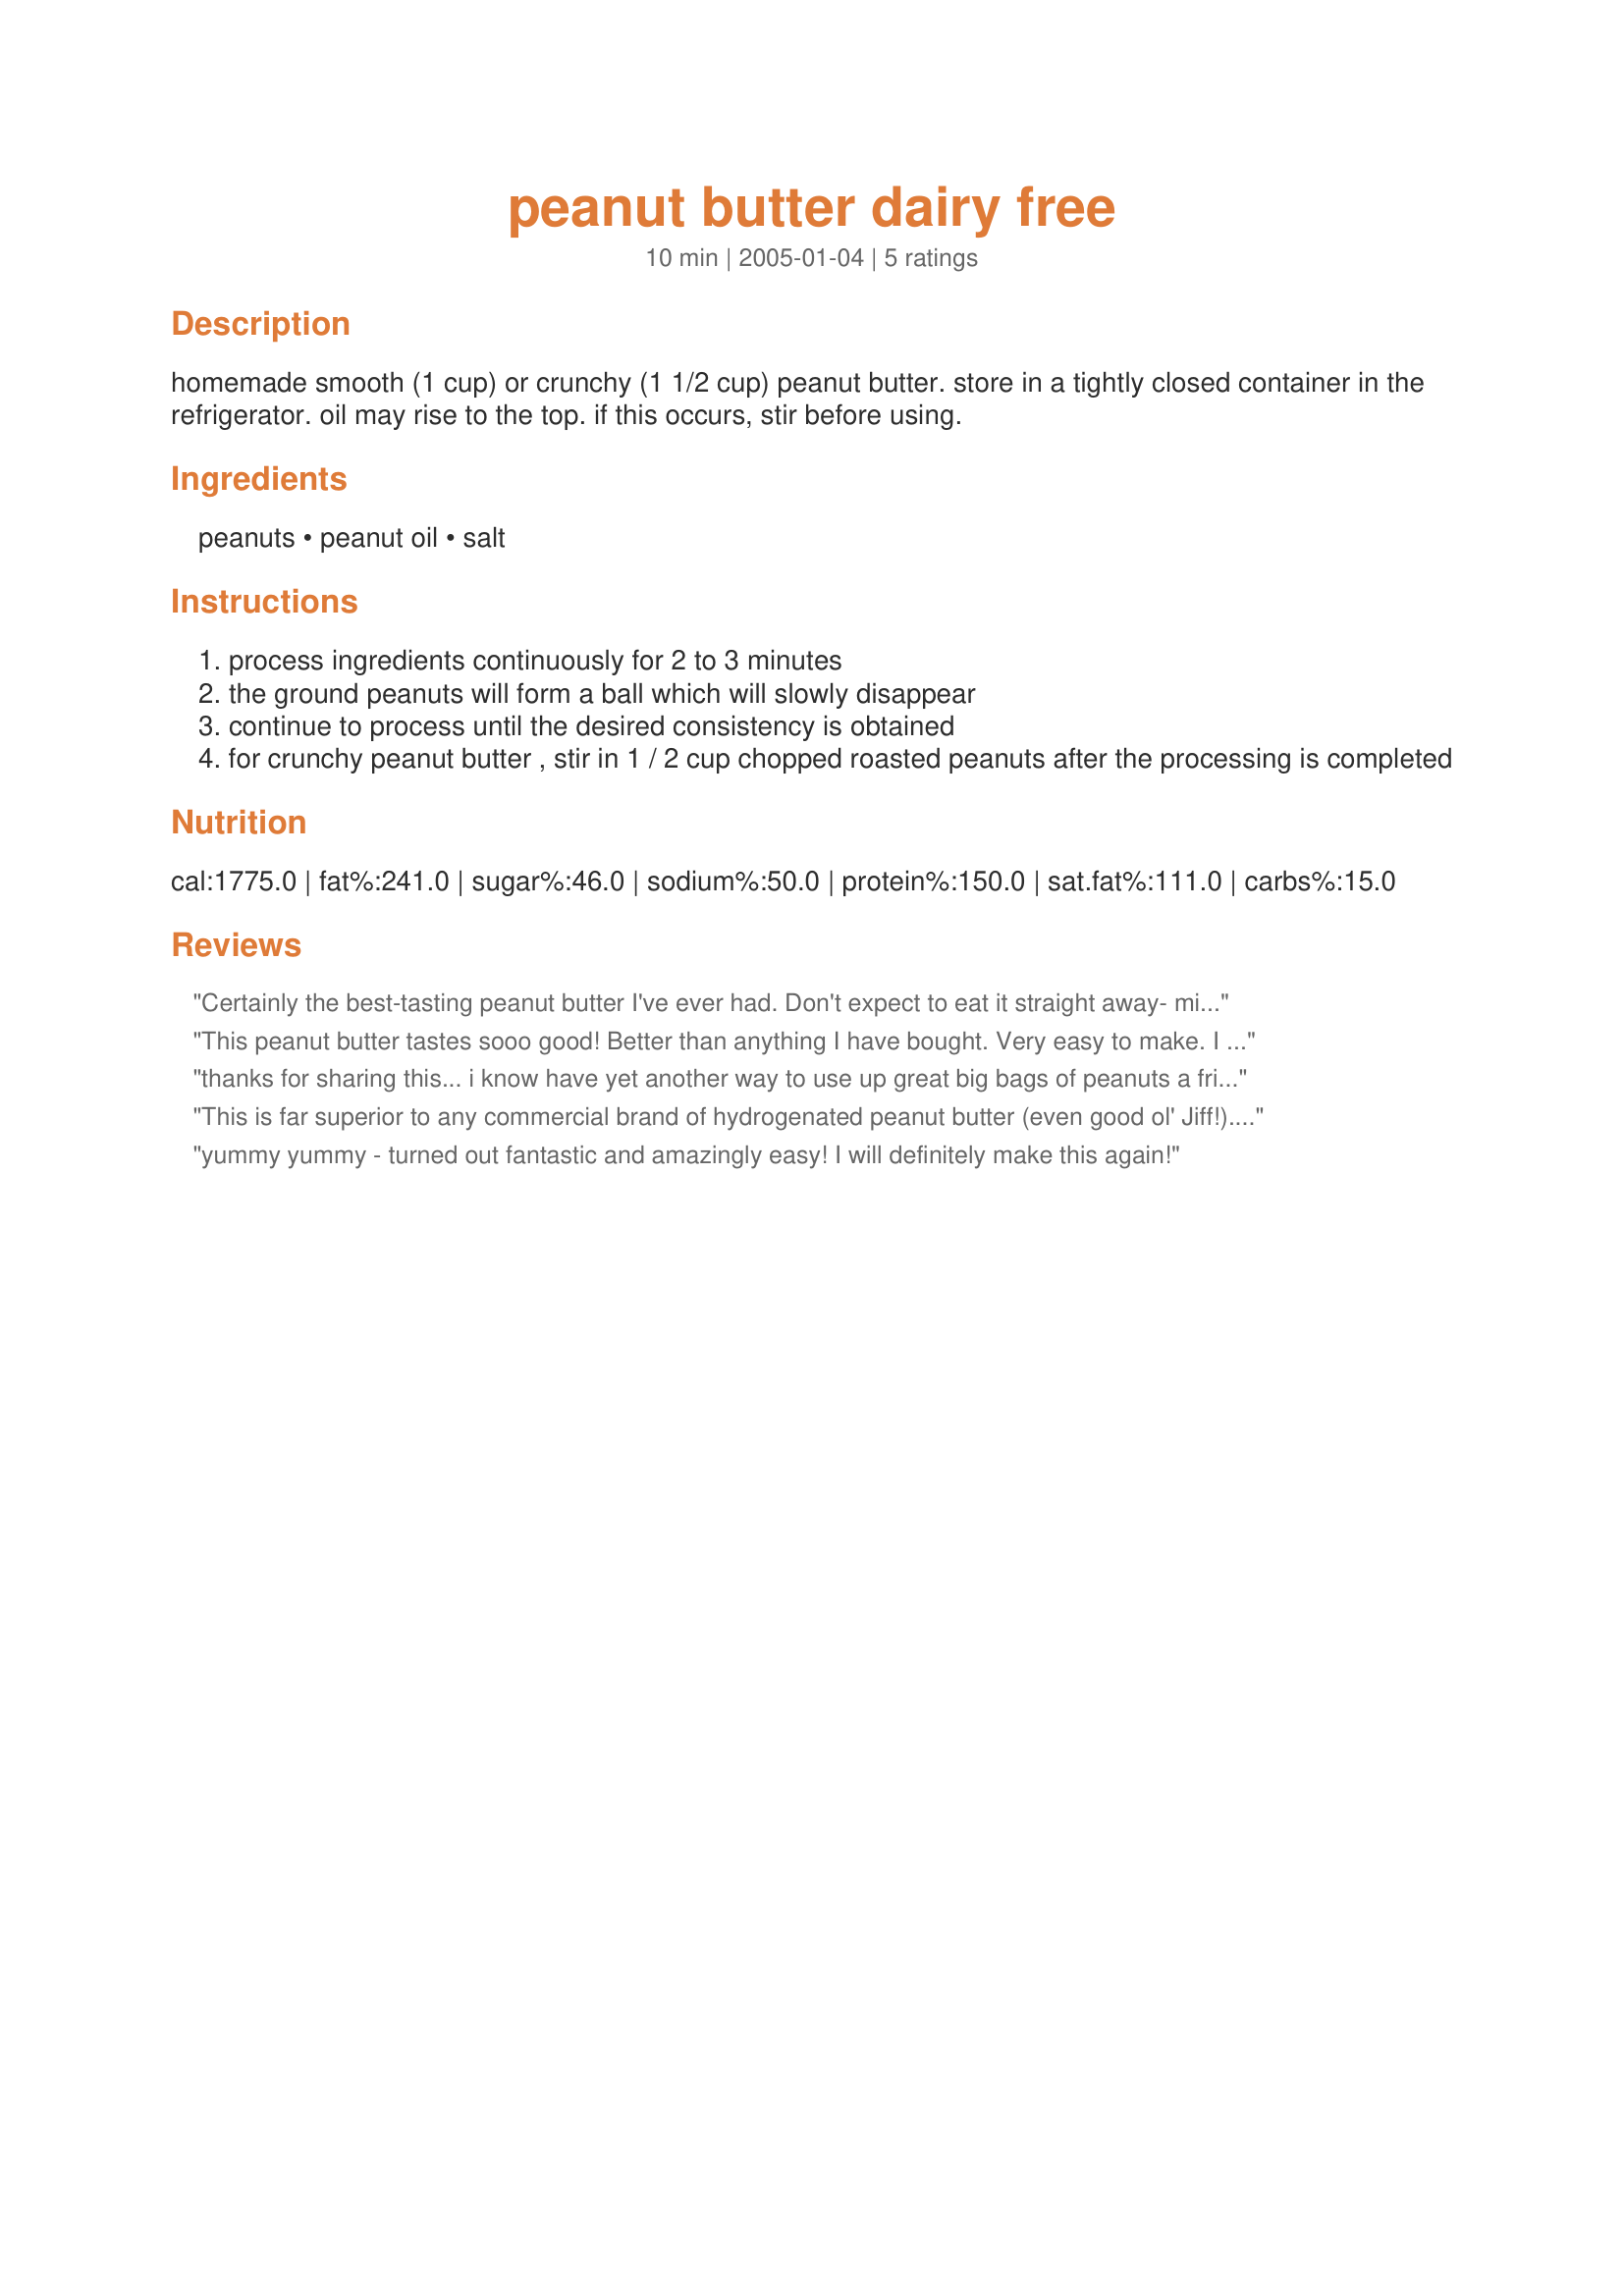
peanut butter dairy free
Preparation time: 10 minutes

homemade smooth (1 cup) or crunchy (1 1/2 cup) peanut butter. store in a tightly closed container in the refrigerator. oil may rise to the top. if this occurs, stir before using.

Ingredients:
peanuts, peanut oil, salt

Steps:
process ingredients continuously for 2 to 3 minutes
the ground peanuts will form a ball which will slowly disappear
continue to process until the desired consistency is obtained
for crunchy peanut butter , stir in 1 / 2 cup chopped roasted peanuts after the processing is completed

Reviews:
Certainly the best-tasting peanut butter I've ever had. Don't expect to eat it straight away- mine got really hot running in the food processor! No matter, though, it just made it easier to pour into the jar. I added a little too much peanut oil because I was worrying that it wouldn't really get smooth, but just relax and realize that all the oil that is already in the peanuts needs to come out first. Mine is just a tad thin. We also added about a Tbs of honey. Yum. The kind of good stuff that makes you want to eat it with a spoon! :) I'd like to try this sometime with not just peanuts, but a mix, like peanuts, almonds, walnuts, sunflower seeds, soynuts. One of those simple recipes that is great- I highly recommend this to anyone with a food processor and a love for peanut butter!
This peanut butter tastes sooo good! Better than anything I have bought. Very easy to make. I added the ingredients into a food processor and it was done in no time. Thanks for sharing!
thanks for sharing this... i know have yet another way to use up great big bags of peanuts a friend of ours gives us.. plus the kids will like it when they can make their own..
This is far superior to any commercial brand of hydrogenated peanut butter (even good ol' Jiff!). The taste is pure and clean, transcendent peanutty goodness. After making this, and putting it in a sealed jar, turn it upside down on the counter top for about a day; long enough for the oil to work its way through the mixture, back to the top. Turn it upright again, immediately stick in the fridge, and you don't have to worry about trying to stir it everytime you use it.
yummy yummy - turned out fantastic and amazingly easy! I will definitely make this again!
